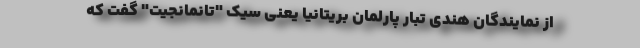
از نمایندگان هندی تبار پارلمان بریتانیا یعنی سیک "تانمانجیت" گفت که